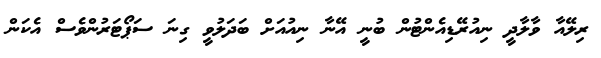
ރިލޭއާ ވާލާދީ ނިއުރޭޑިއެންޓުން ބުނީ އޭނާ ނިއުއަށް ބަދަލުވީ ގިނަ ސަޕޯޓަރުންވެސް އެކަން